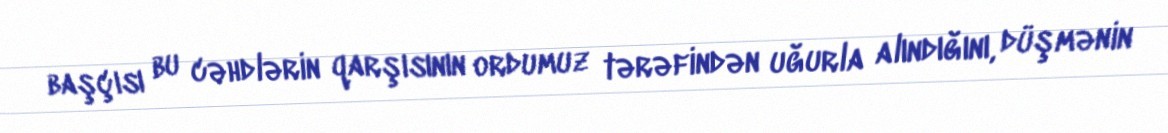
başçısı bu cəhdlərin qarşısının ordumuz tərəfindən uğurla alındığını, düşmənin